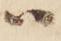
ハ